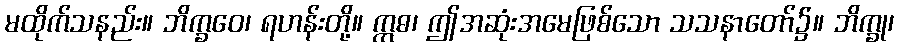
မထိုက်သနည်း။ ဘိက္ခဝေ၊ ရဟန်းတို့။ ဣဓ၊ ဤအဆုံးအမေဖြစ်သော သသနာတော်၌။ ဘိက္ခု၊